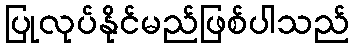
ပြုလုပ်နိုင်မည်ဖြစ်ပါသည်